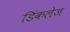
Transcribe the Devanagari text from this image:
डिंकलेज